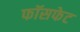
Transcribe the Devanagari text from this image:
फॉसफेट